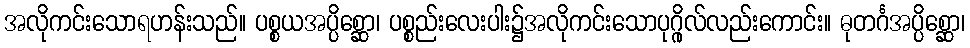
အလိုကင်းသောရဟန်းသည်။ ပစ္စယအပ္ပိစ္ဆော၊ ပစ္စည်းလေးပါး၌အလိုကင်းသောပုဂ္ဂိုလ်လည်းကောင်း။ ဓုတင်္ဂအပ္ပိစ္ဆော၊